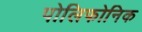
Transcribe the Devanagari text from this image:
पोलिफोनिक